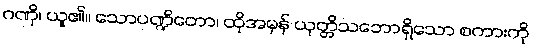
ဂဏှိ၊ ယူ၏။ သောပဏ္ဍိတော၊ ထိုအမှန် ယုတ္တိသဘောရှိသော စကားကို